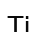
Ті